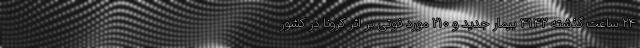
۲۴ ساعت گذشته ۴۱۴۲ بیمار جدید و ۲۱۰ مورد فوتی بر اثر کرونا در کشور